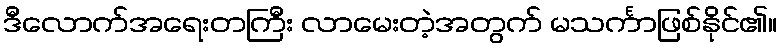
ဒီလောက်အရေးတကြီး လာမေးတဲ့အတွက် မသင်္ကာဖြစ်နိုင်၏။